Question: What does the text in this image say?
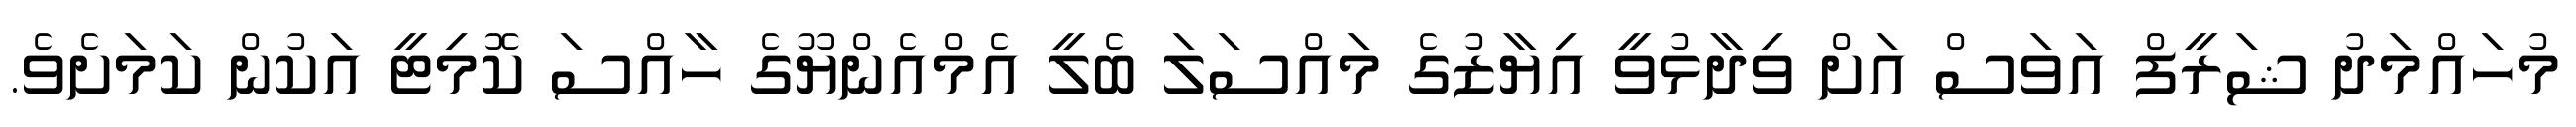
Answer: މުހައްމަދު ޝަރީފް އަވަސް އަށް ވިދާޅުވީ އިޔާޒުގެ މައްސަލަ ބެލީ އެމްއެންޔޫގެ ހާއްސަ ކޮމިޓީ އަކުން ކަމަށެވެ.